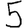
Digit: 5